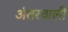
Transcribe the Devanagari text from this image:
अंतरवाली